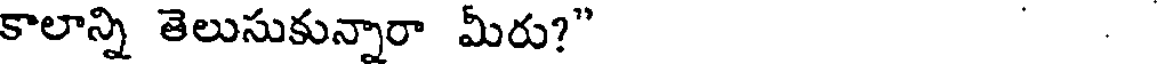
కాలాన్ని తెలుసుకున్నారా మీరు?" .